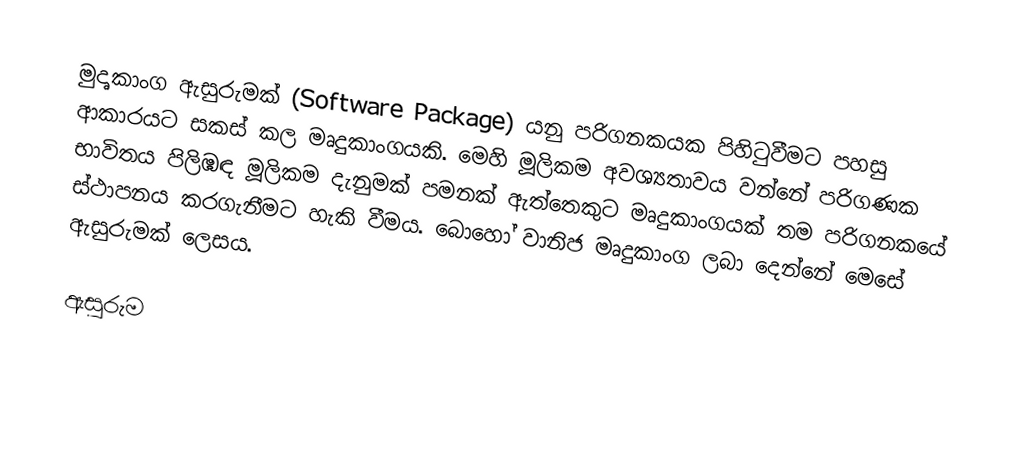
මුදෘකාංග ඇසුරුමක් (Software Package) යනු පරිගනකයක පිහිටුවීමට පහසු ආකාරයට සකස් කල මෘදුකාංගයකි. මෙහි මූලිකම අවශ්‍යතාවය වන්නේ පරිගණක භාවිතය පිලිඹඳ මූලිකම දැනුමක් පමනක් ඇත්තෙකුට මෘදුකාංගයක් තම පරිගනකයේ ස්ථාපනය කරගැනීමට හැකි වීමය. බොහෝ වානිජ මෘදුකාංග ලබා දෙන්නේ මෙසේ ඇසුරුමක් ලෙසය.

ඇසුරුම